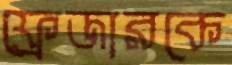
ফ্রেজারকে